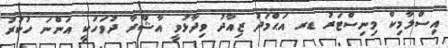
އިސްލާމިކް މިނިސްޓަރު ޑރ އަޙްމަދު ޒިއާދު ވިދާޅުވީ އާޝޫރާ ދުވަހަކީ އަންނަ ހުކުރު